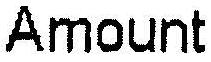
AMOUNT